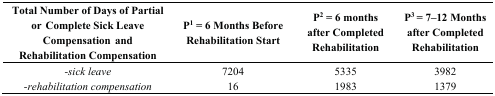
<table><thead><tr><td><b>Total Number of Days of Partial or Complete Sick Leave Compensation and Rehabilitation Compensation</b></td><td><b>P<sup>1</sup> = 6 Months Before Rehabilitation Start</b></td><td><b>P<sup>2</sup> = 6 months after Completed Rehabilitation</b></td><td><b>P<sup>3</sup> = 7–12 Months after Completed Rehabilitation</b></td></tr></thead><tbody><tr><td><i>-sick leave</i></td><td>7204</td><td>5335</td><td>3982</td></tr><tr><td><i>-rehabilitation compensation</i></td><td>16</td><td>1983</td><td>1379</td></tr></tbody></table>